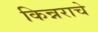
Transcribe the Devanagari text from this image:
किन्नराचे